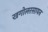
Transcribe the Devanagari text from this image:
खगोलरसायन